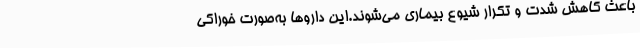
باعث کاهش شدت و تکرار شیوع بیماری می‌شوند.این داروها به‌صورت خوراکی